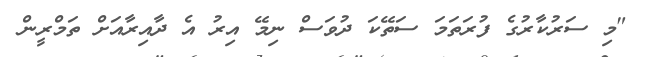
"މި ސަރުކާރުގެ ފުރަތަމަ ސަތޭކަ ދުވަސް ނިމޭ އިރު އެ ދާއިރާއަށް ތަމްރީން